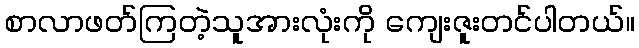
စာလာဖတ်ကြတဲ့သူအားလုံးကို ကျေးဇူးတင်ပါတယ်။